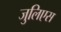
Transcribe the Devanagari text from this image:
जुलिएस